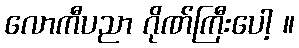
လောကီပညာ ဂိုဏ်ကြီးပေါ့ ။